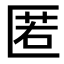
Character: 匿